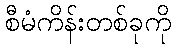
စီမံကိန်းတစ်ခုကို